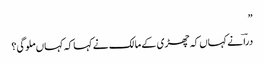
”
دراؔ نے کہاں کہ چھڑی کے مالک نے کہا کہ کہاں ملوگی؟